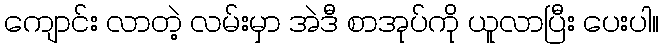
ကျောင်း လာတဲ့ လမ်းမှာ အဲဒီ စာအုပ်ကို ယူလာပြီး ပေးပါ။